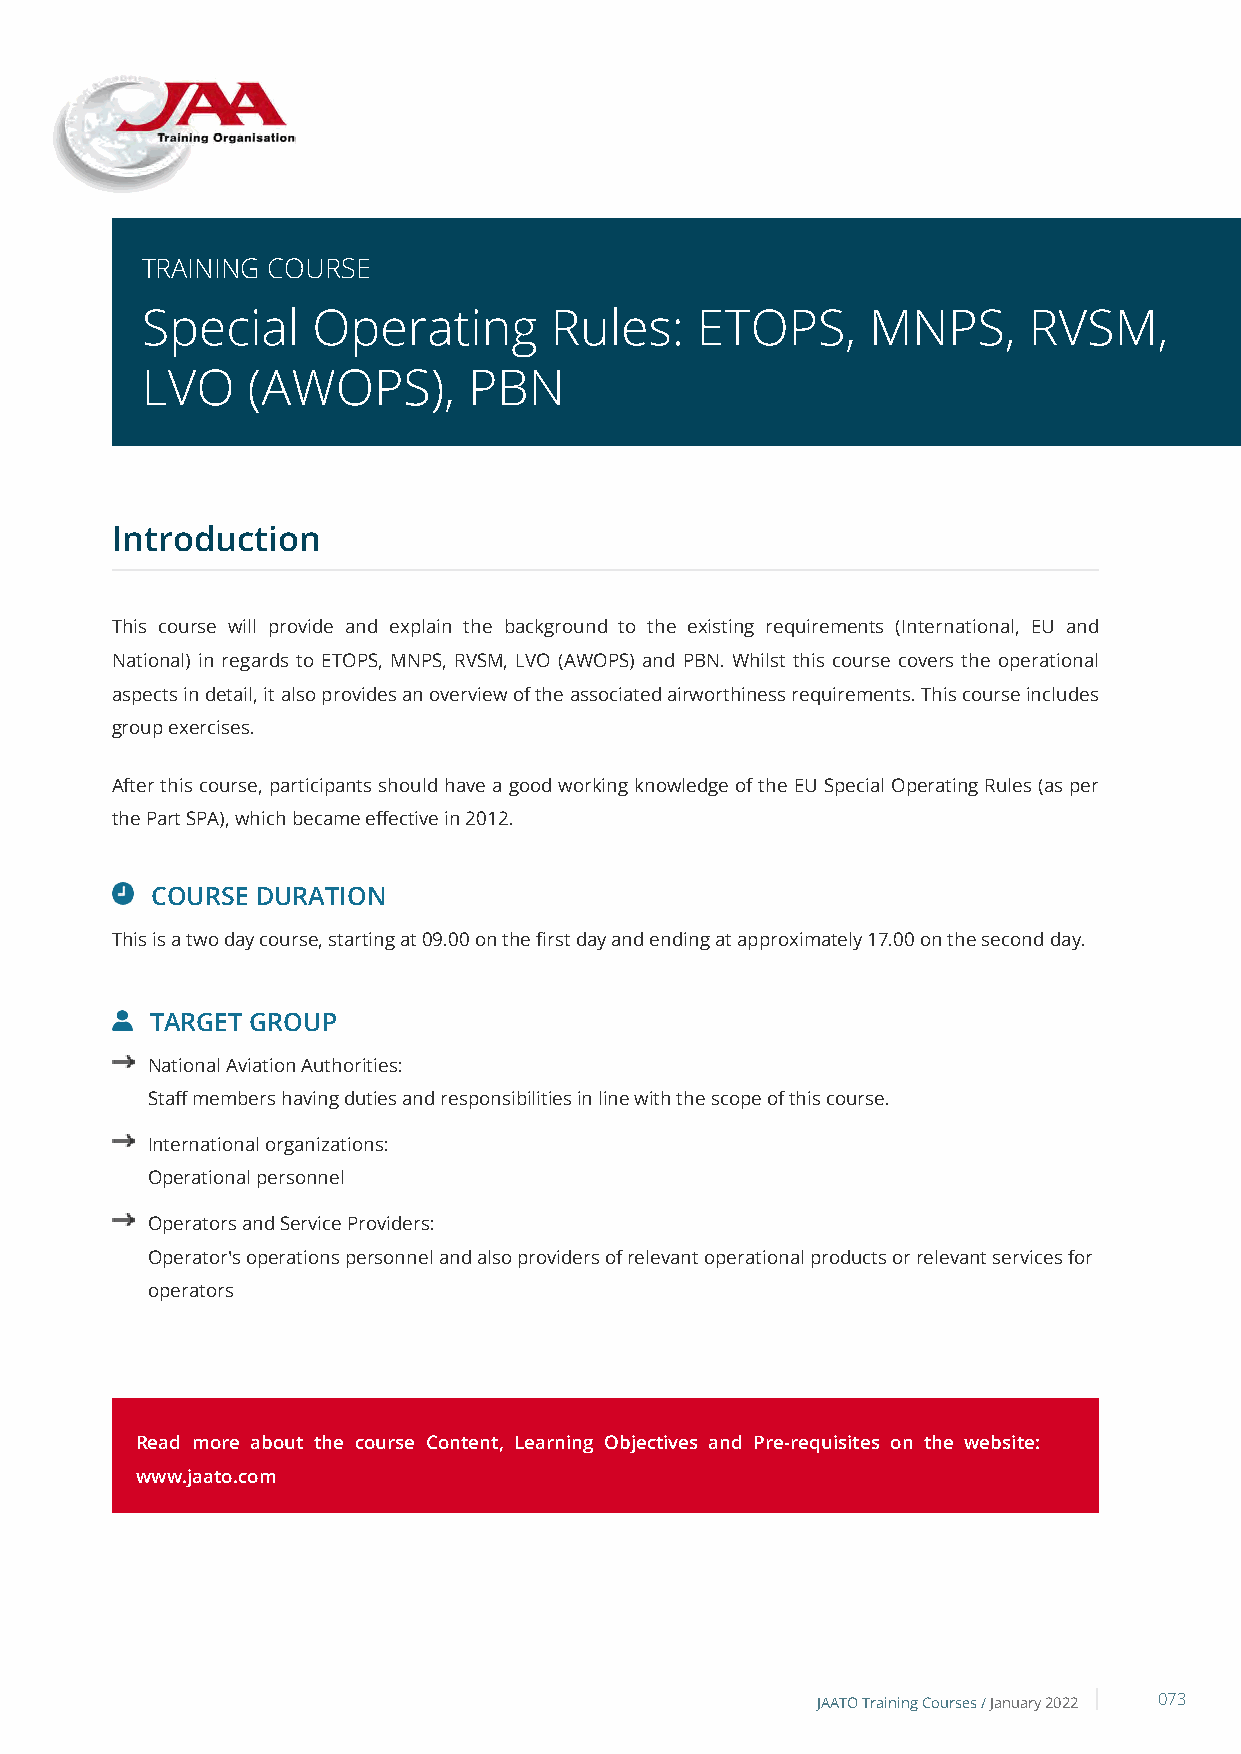
TRAINING COURSE
 Special     Operating      Rules:    ETOPS,     MNPS,      RVSM,
 LVO    (AWOPS),       PBN
 Introduction
 This course will provide and explain the background to the existing requirements (International, EU and
 National) in regards to ETOPS, MNPS, RVSM, LVO (AWOPS) and PBN. Whilst this course covers the operational
 aspects in detail, it also provides an overview of the associated airworthiness requirements. This course includes
 group exercises.
 After this course, participants should have a good working knowledge of the EU Special Operating Rules (as per
 the Part SPA), which became effective in 2012.
 COURSE DURATION
 This is a two day course, starting at 09.00 on the first day and ending at approximately 17.00 on the second day.
 TARGET GROUP
 National Aviation Authorities:
 Staff members having duties and responsibilities in line with the scope of this course.
 International organizations:
 Operational personnel
 Operators and Service Providers:
 Operator's operations personnel and also providers of relevant operational products or relevant services for
 operators
 Read more about the course Content, Learning Objectives and Pre-requisites on the website:
 www.jaato.com
 JAATO Training Courses /January 2022 073